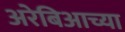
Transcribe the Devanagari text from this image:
अरेबिआच्या